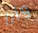
وأنا